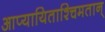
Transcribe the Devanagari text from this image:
आप्यायिताश्चिमतान्